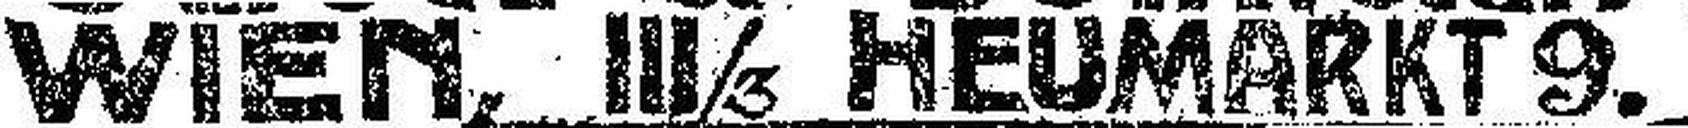
WIEN, III/3 HEUMARKT 9.